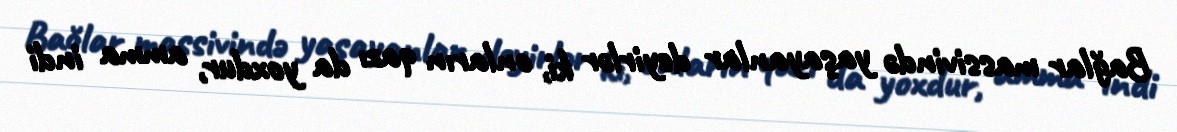
Bağlar massivində yaşayanlar deyirlər ki, onların qazı da yoxdur, amma indi